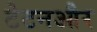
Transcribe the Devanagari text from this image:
टेटनऔर